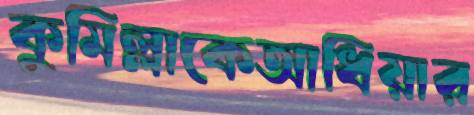
কুমিল্লাকেআধিয়ার